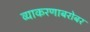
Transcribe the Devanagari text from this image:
व्याकरणाबरोबर